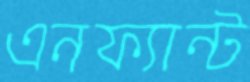
এনফ্যান্ট